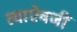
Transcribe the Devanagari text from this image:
त्याऐवजीं